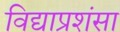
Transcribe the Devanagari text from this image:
विद्याप्रशंसा